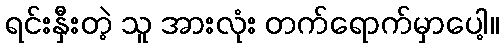
ရင်းနှီးတဲ့ သူ အားလုံး တက်ရောက်မှာပေါ့။